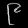
Digit: ၉